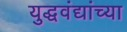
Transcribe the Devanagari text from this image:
युद्धवंद्यांच्या